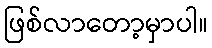
ဖြစ်လာတော့မှာပါ။